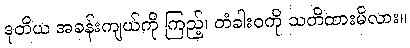
ဒုတိယ အခန်းကျယ်ကို ကြည့်၊ တံခါးဝကို သတိထားမိလား။